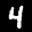
Label: 4